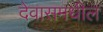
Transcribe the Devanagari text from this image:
देवासमधील